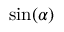
\sin ( \alpha )